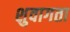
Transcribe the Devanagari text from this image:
शुवागता